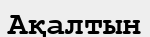
Ақалтын